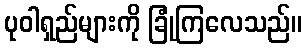
ပုဝါရှည်များကို ခြုံကြလေသည်။